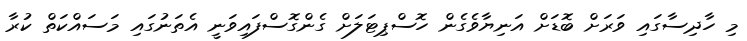
މި ހާދިސާގައި ވަރަށް ބޮޑަށް އަނިޔާވެގެން ހޮސްޕިޓަލަށް ގެންގޮސްފައިވަނީ އެތަނުގައި މަސައްކަތް ކުރާ